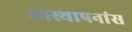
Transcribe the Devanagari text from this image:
आस्थापनांस